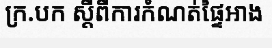
ក្រ.បក ស្តីពីការកំណត់ផ្ទៃអាង